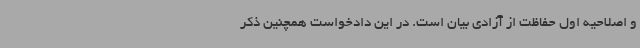
و اصلاحیه اول حفاظت از آزادی بیان است. در این دادخواست همچنین ذکر